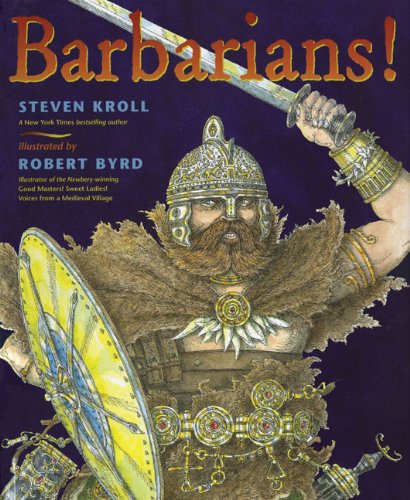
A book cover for Barbarians!; Steven Kroll; Children's Books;